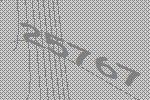
25767